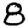
Digit: 8